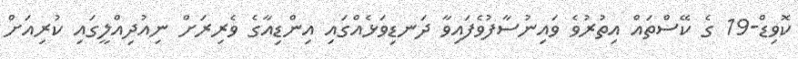
ކޮވިޑް-19 ގެ ކޭސްތައް އިތުރުވެ ވައިނުސާފުވެފައިވާ ދަނޑިވަޅެއްގައި އިންޑިއާގެ ވެރިރަށް ނިއުދިއްލީގައި ކުރިއަށް